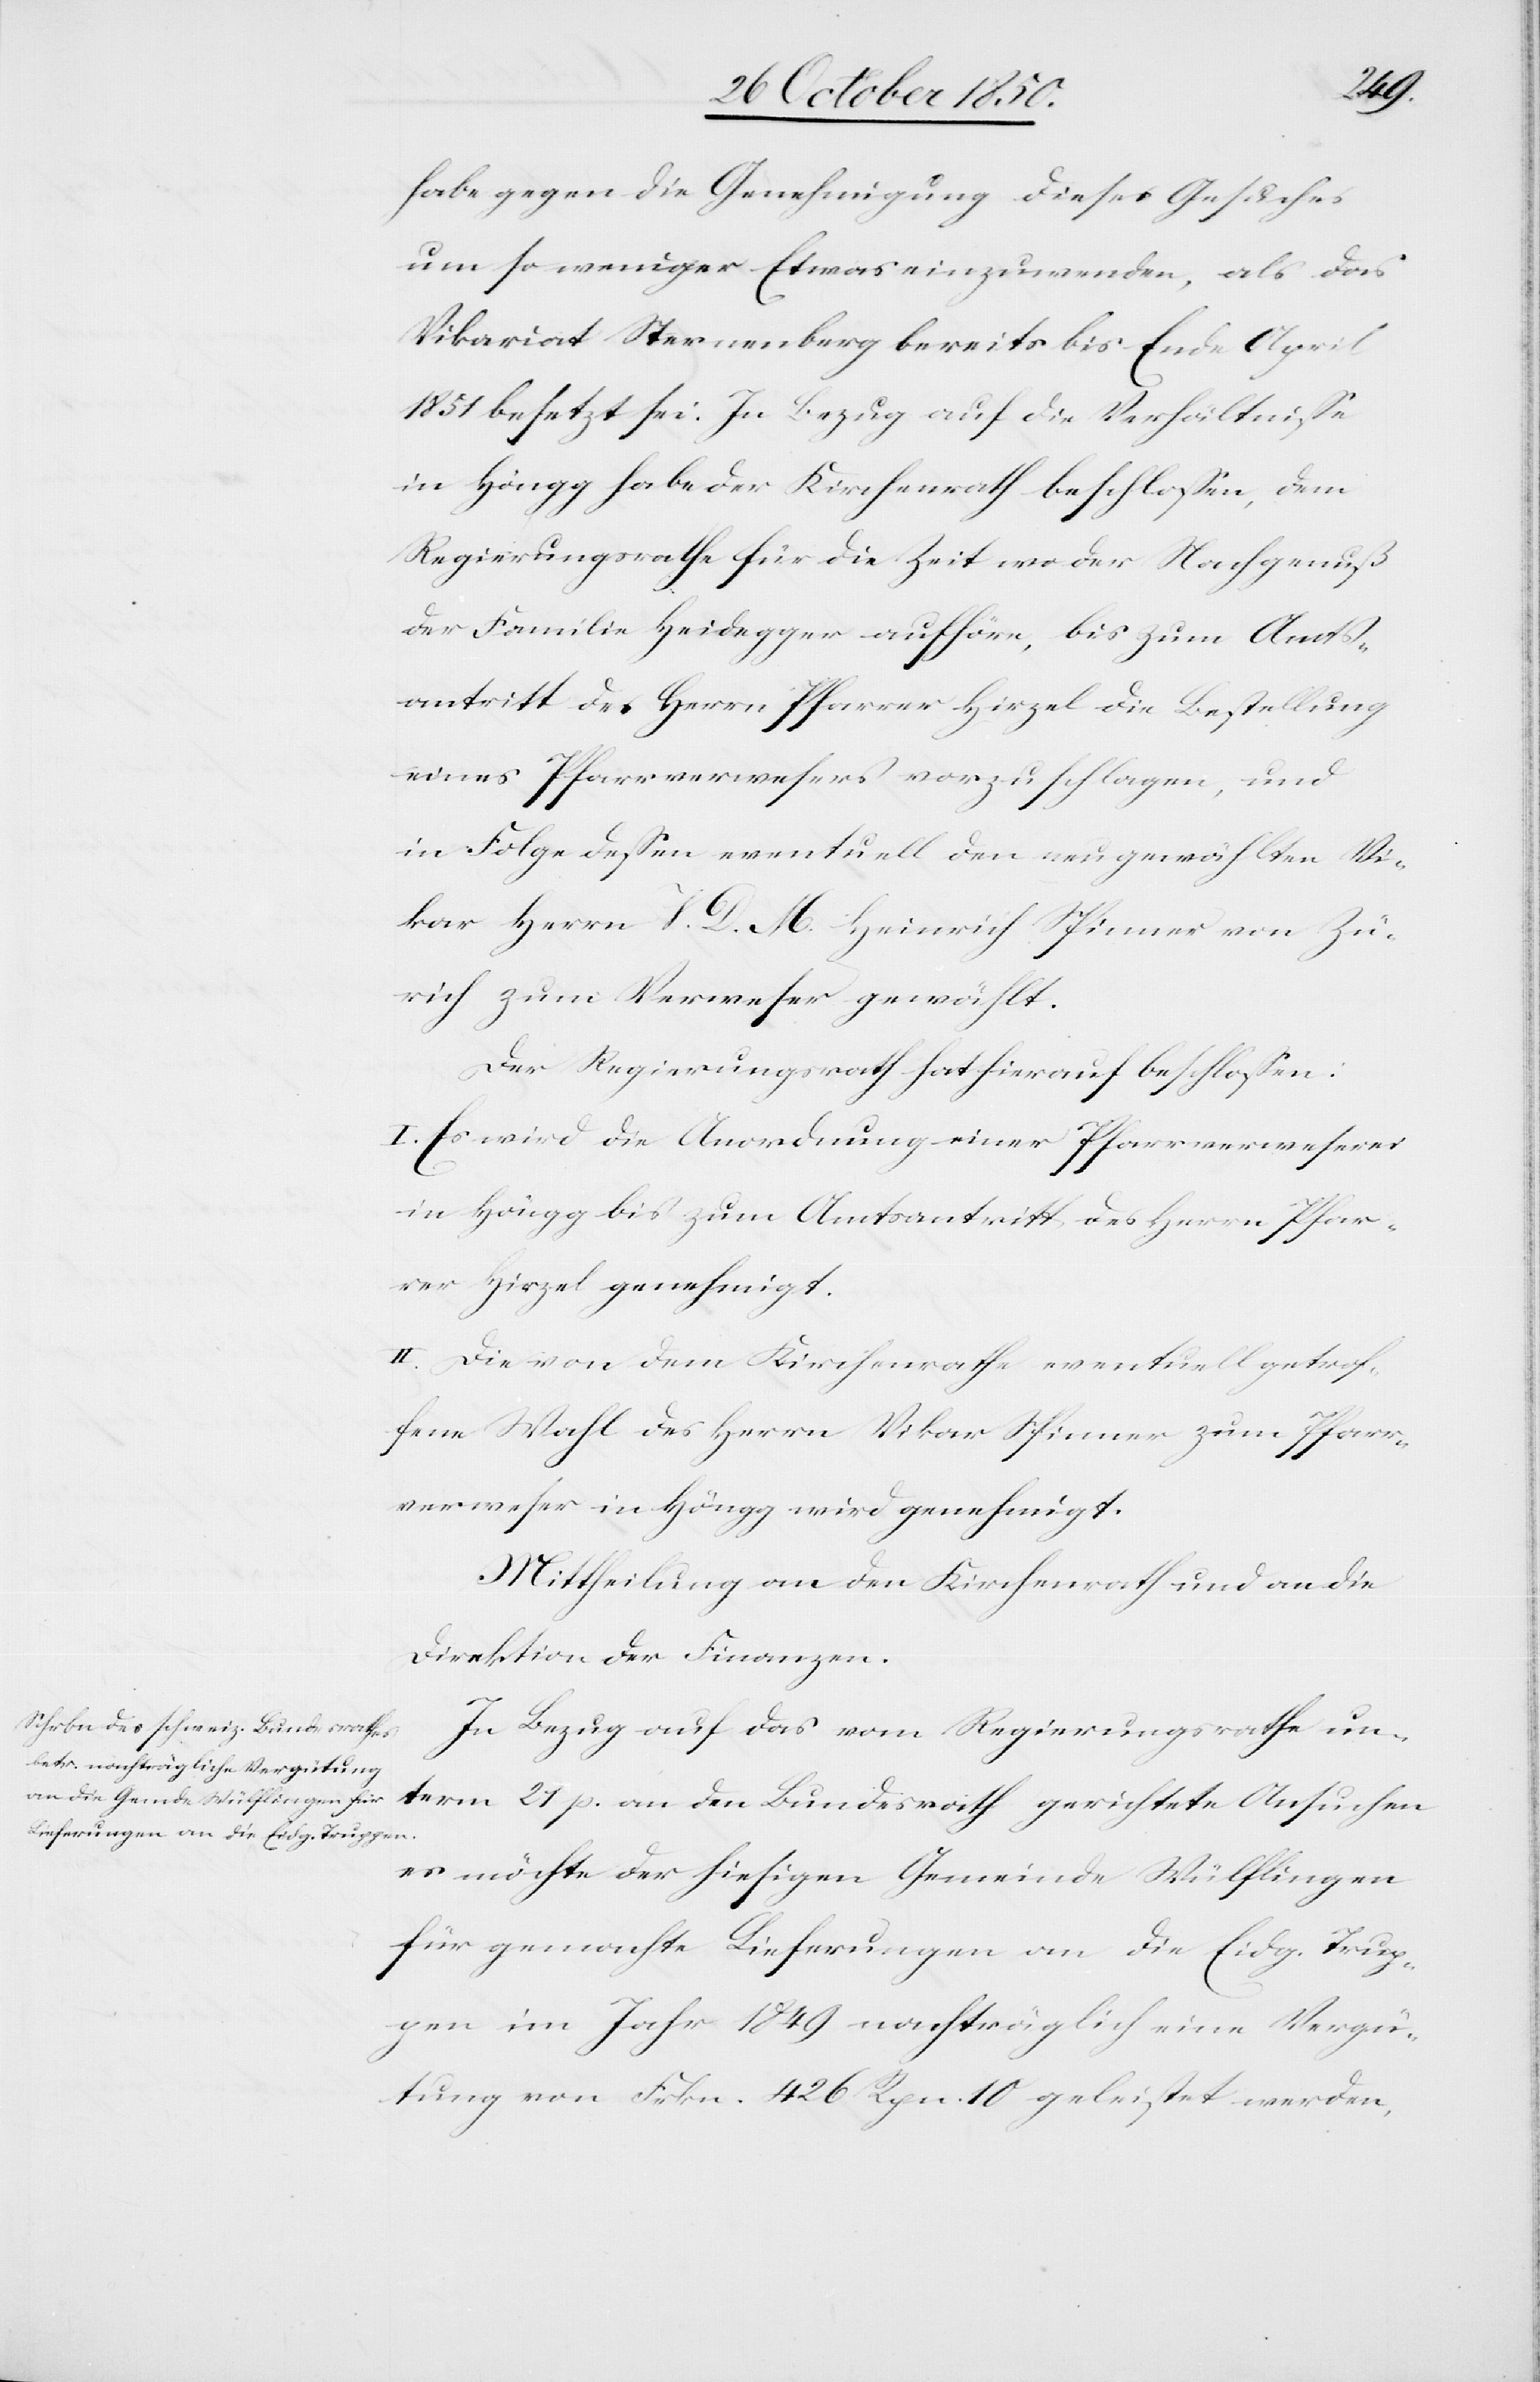
habe gegen die Genehmigung dieses Gesuches
um so weniger Etwas einzuwenden, als das
Vikariat Sternenberg bereits bis Ende April
1851 besetzt sei. In Bezug auf die Verhältnisse
in Höngg habe der Kirchenrath beschlossen, dem
Regierungsrathe für die Zeit wo der Nachgenuß
der Familie Heidegger aufhöre, bis zum Amts¬
antritt des Herrn Pfarrer Hirzel die Bestellung
eines Pfarrverwesers vorzuschlagen, und
in Folge dessen eventuell den neugewählten Vi¬
kar Herrn V. D. M. Heinrich Spinner von Zü¬
rich zum Verweser gewählt.
Der Regierungsrath hat hierauf beschlossen:
I. Es wird die Anordnung einer Pfarrverweserei
in Höngg bis zum Amtsantritt des Herrn Pfar¬
rer Hirzel genehmigt.
II. Die von dem Kirchenrathe eventuell getrof¬
fene Wahl des Herrn Vikar Spinner zum Pfarr¬
verweser in Höngg wird genehmigt.
Mittheilung an den Kirchenrath und an die
Direktion der Finanzen.
In Bezug auf das vom Regierungsrathe un¬
term 21 p. an den Bundesrath gerichtete Ansuchen
es möchte der hiesigen Gemeinde Wülflingen
für gemachte Lieferungen an die Eidg. Trup¬
pen im Jahr 1849 nachträglich eine Vergü¬
tung von Frkn. 426 Rpn. 10 geleistet werden,